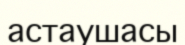
астаушасы